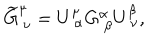
LaTeX: \widetilde { G } _ { \ \nu } ^ { \mu } = U _ { \ \alpha } ^ { \mu } G _ { \ \beta } ^ { \alpha } U _ { \ \nu } ^ { \beta } ,